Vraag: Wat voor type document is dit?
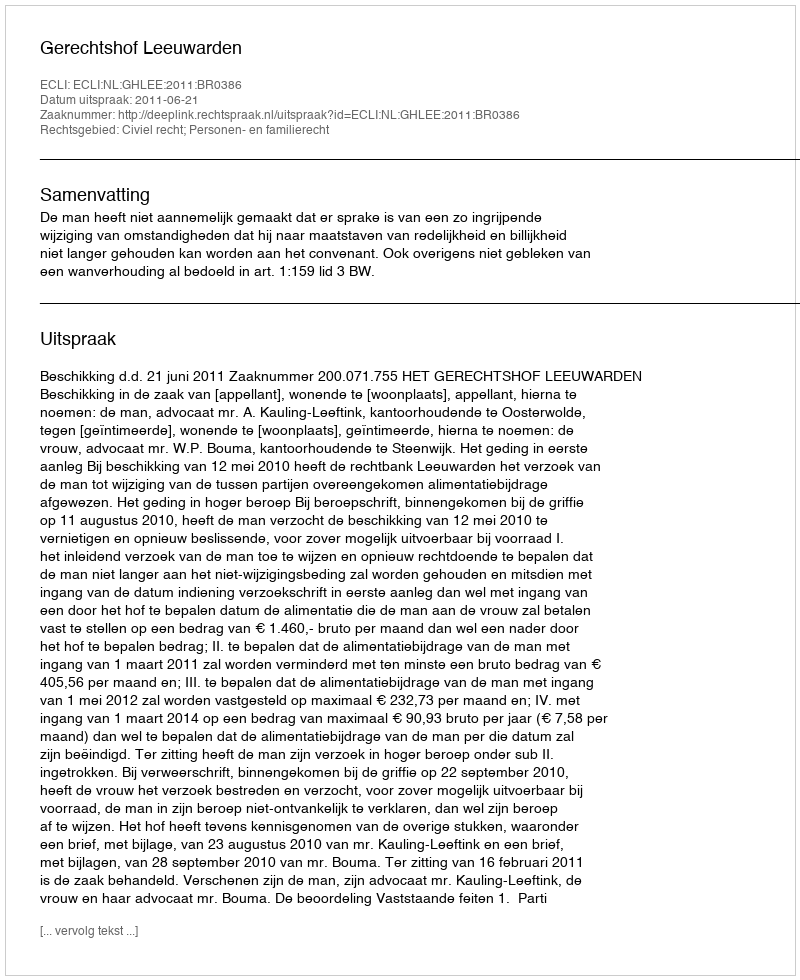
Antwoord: Uitspraak